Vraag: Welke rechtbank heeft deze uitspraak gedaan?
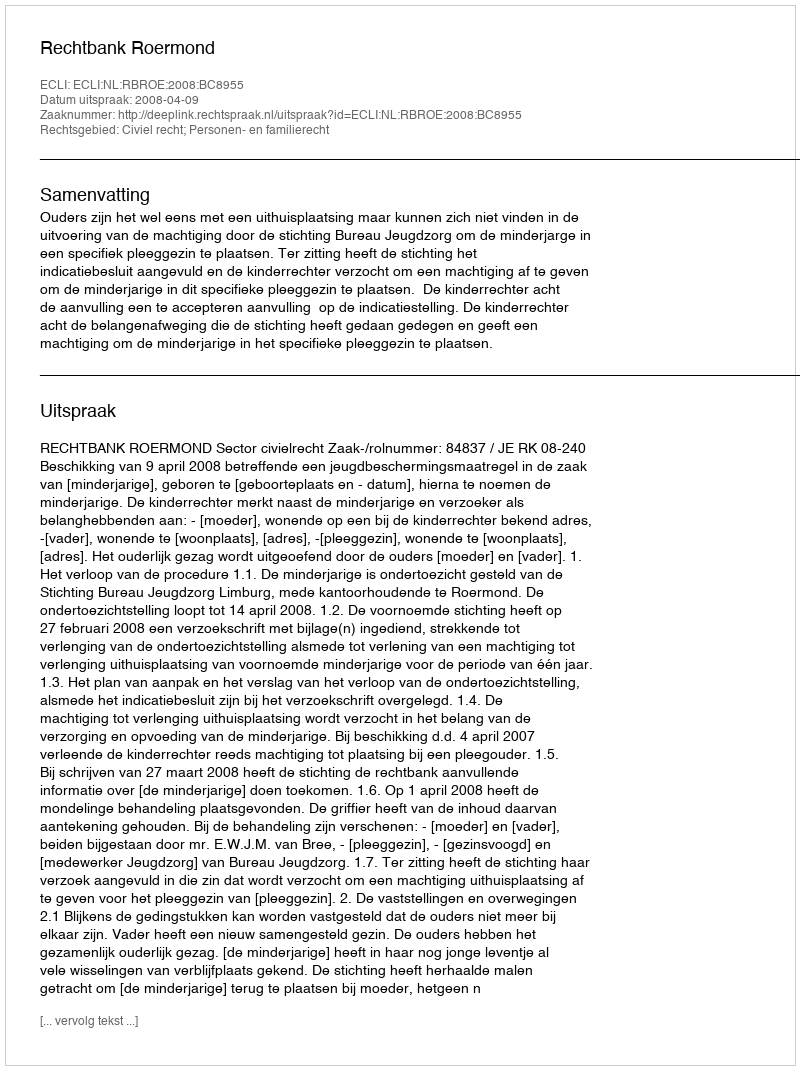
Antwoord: Rechtbank Roermond